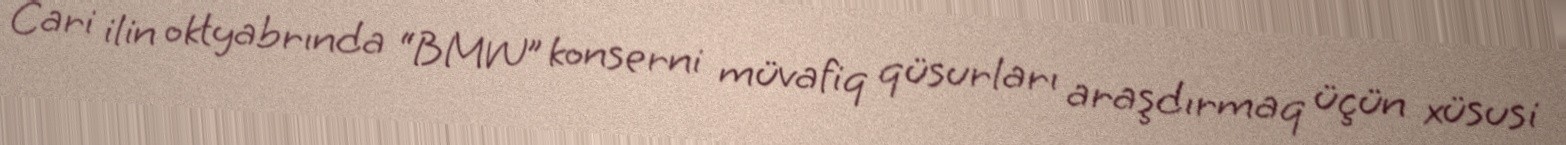
Cari ilin oktyabrında “BMW” konserni müvafiq qüsurları araşdırmaq üçün xüsusi